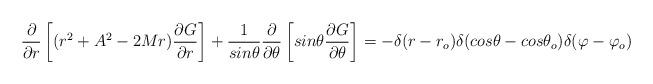
LaTeX: \begin{align*}{\frac {\partial} {\partial r}}\left[(r^2+A^2-2Mr){\frac {\partial G}{\partial r}}\right]+ {\frac{1} {sin\theta}} {\frac {\partial}{\partial \theta}}\left[sin\theta {\frac {\partial G} {\partial\theta}}\right] = -\delta(r-r_o) \delta(cos\theta-cos{\theta}_o)\delta(\varphi-{\varphi}_o)\end{align*}